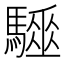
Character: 𩦁